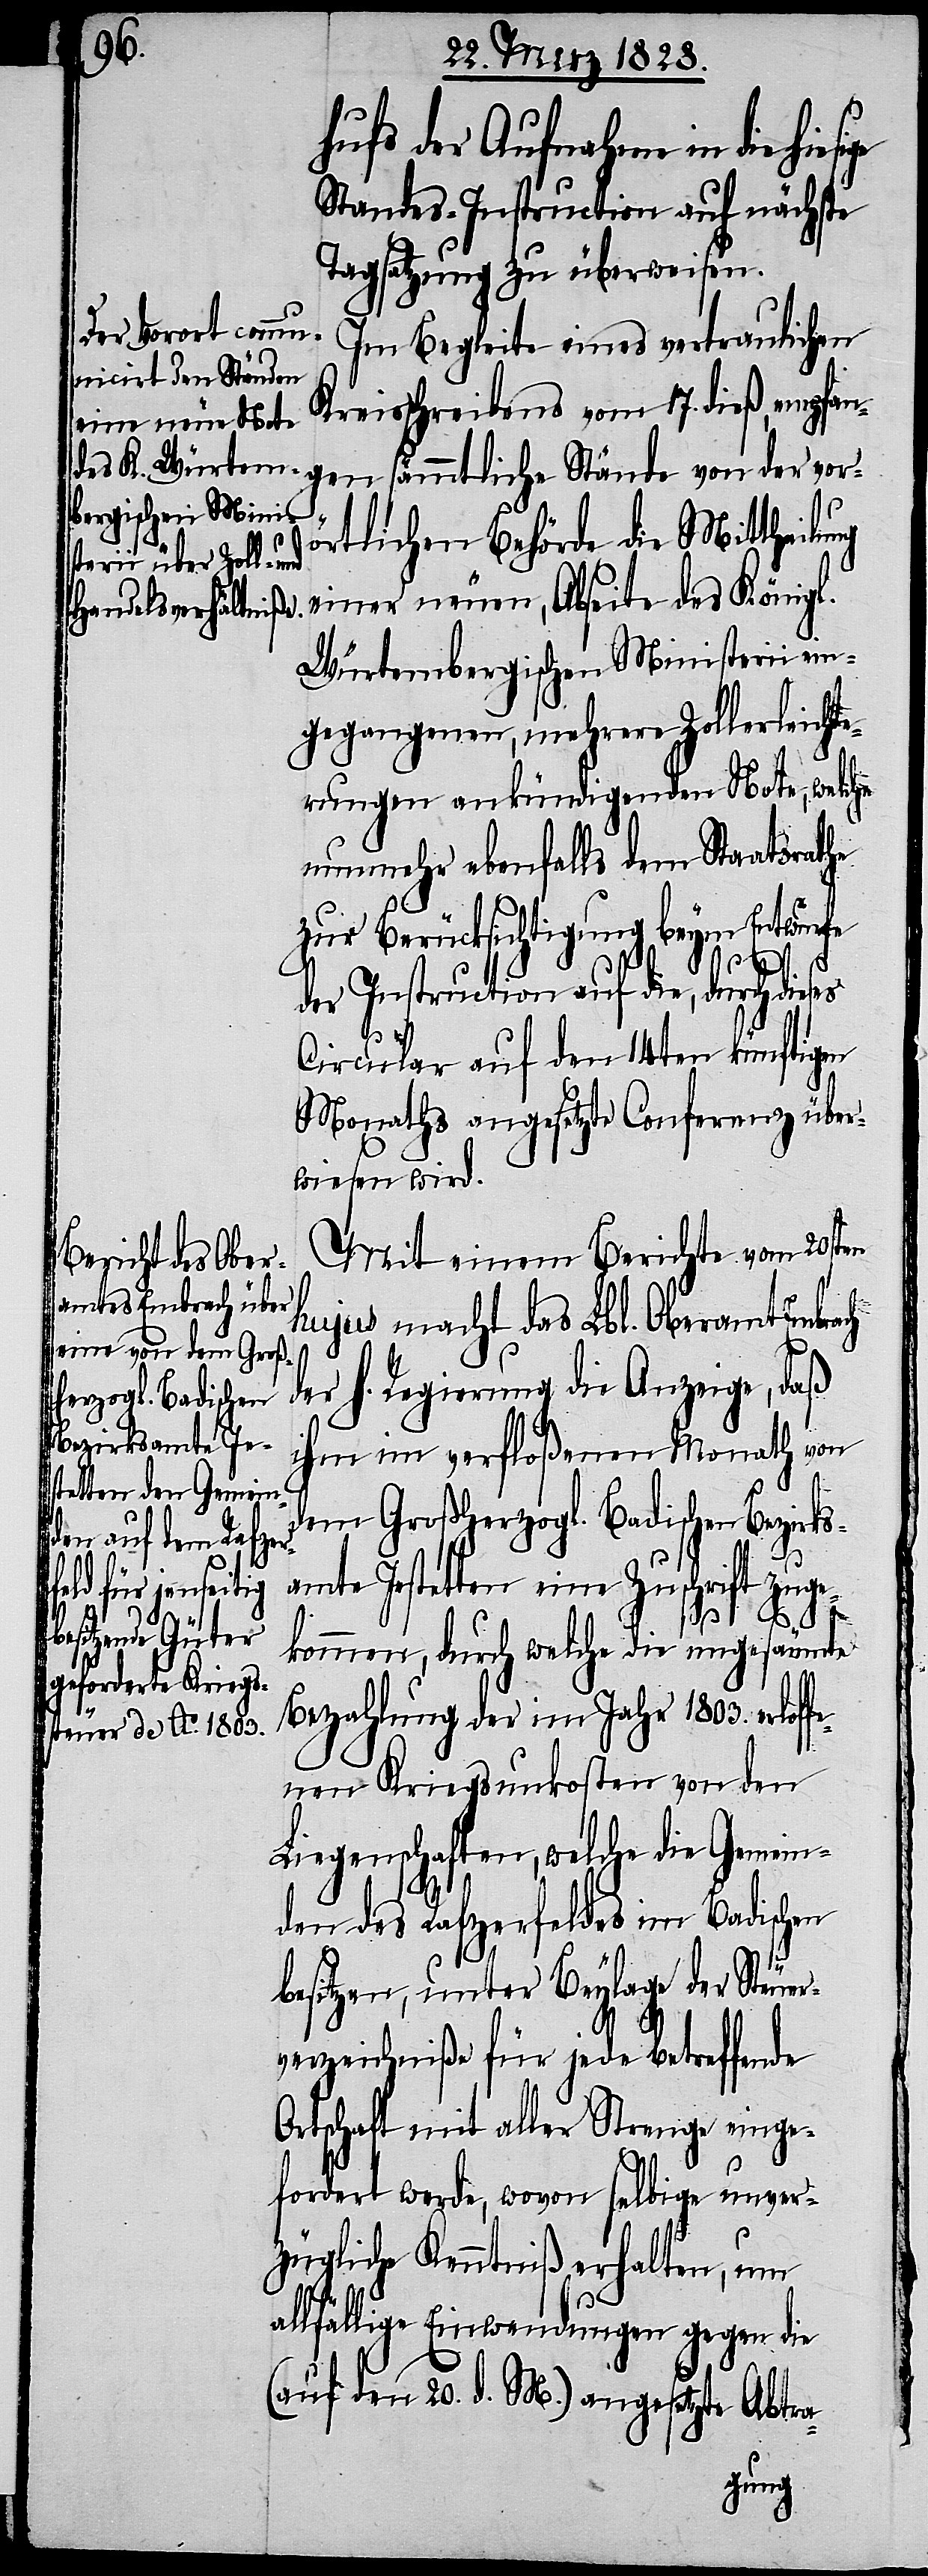
hufs der Aufnahme in die hies¬
Standes Instruction auf nächste
Tagsatzung zu überweisen.
Im Begleite eines vertraulichen
Kreisschreibens vom 17. dieß, empfan¬
einer neuen, Abse¬
gen sämmtliche Stände von der vor¬
örtlichen Behörde die Mittheilung
Würtembergischen Ministerii ein¬
gegangenen, mehrere Zollerleichte¬
rungen ankündigenden Note, welche
nunmehr ebenfalls dem Staatsrathe
zur Berücksichtigung beym Entwurfe
der Instruction auf die, durch dies¬
Circular auf den 14ten künftigen
Monaths angesetzte Conferenz über¬
wiesen wird.
Mit einem Berichte vom 20sten
hujus macht das Lbl. Oberamt Embrach
der h. Regierung die Anzeige, daß
ihm im verfloßenen Monath von
fe¬
dem Großherzogl. Badischen Bezirks¬
es
amte Jestetten eine Zuschrift zuge¬
kommen, durch welche die ungesäumte
Bezahlung der im Jahr 1803. erlof¬
nen Kriegsunkosten von den
Liegenschaften, welche die Gemein¬
den des Rafzerfeldes im Badischen
besitzen, unter Beylage der Steuer¬
verzeichniße für jede betreffende
Ortschaft mit aller Strenge einge¬
fordert werde, wovon selbige unver¬
zügliche Kenntniß erhalten, um
allfällige Einwendungen gegen die
(auf den 20. d. M.) angesetzte Abtra-